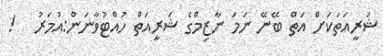
ޝަރީއަތަކަށް އަތް ބޭނޭ ނަމަ ނާޒިމްގެ ޝަރީއަތް ހުއްޓުވާނަން:އުމަރު   !